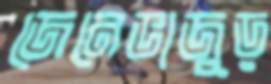
জেনেভাজুড়